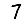
Digit: 7